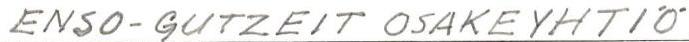
ENSO-GUTZEIT OSAKEYHTIÖ